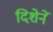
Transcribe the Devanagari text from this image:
दिशेनें